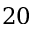
2 0